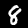
Label: 8